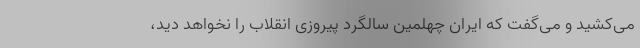
می‌کشید و می‌گفت که ایران چهلمین سالگرد پیروزی انقلاب را نخواهد دید،